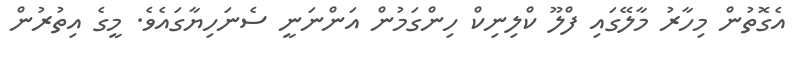
އެގޮތުން މިހާރު މާލޭގައި ފްލޫ ކްލިނިކް ހިންގަމުން އަންނަނީ ސެނަހިޔާގައެވެ. މީގެ އިތުރުން